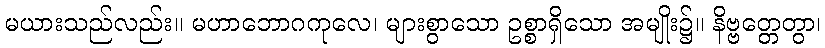
မယားသည်လည်း။ မဟာဘောဂကုလေ၊ များစွာသော ဥစ္စာရှိသော အမျိုး၌။ နိဗ္ဗတ္တေတွာ၊